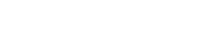
၇၂။ ၁၀၀% အောင်မြင်မှု